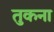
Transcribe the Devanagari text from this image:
तुकना